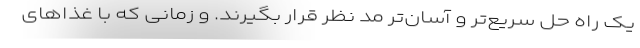
یک راه حل سریع‌تر و آسان‌تر مد نظر قرار بگیرند. و زمانی که با غذاهای